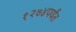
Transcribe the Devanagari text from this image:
१२७४पर्यंत